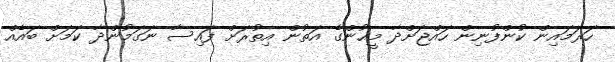
ހަރަމައިން ކުންފުނިން ހައްޖަށްދާ މީޙުންގެ އަތުން އިތުރަށް ފައިސާ ނަގަމުންދާ ކަމަށް ބައެއް